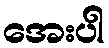
အေးပါ